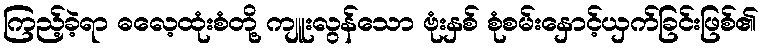
ကြည့်ခဲ့ရာ ဓလေ့ထုံးစံတို့ ကျူးလွန်သော ဗုံးနှစ် စုံစမ်းနှောင့်ယှက်ခြင်းဖြစ်၏